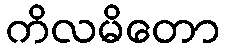
ကိလမိတော